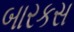
બારકસ